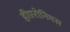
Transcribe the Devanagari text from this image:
हीएरोनिमस